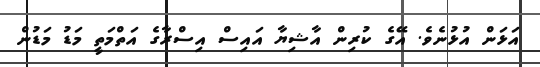
އަޅަން އުޅުނެވެ. އޭގެ ކުރިން އާޝިޔާ އައިސް އިސްރާގެ އަތްމަތީ މަޑު މަޑުން